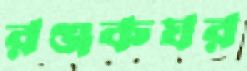
রঞ্জকঘর